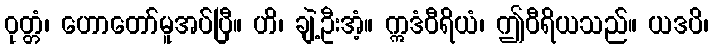
ဝုတ္တံ၊ ဟောတော်မူအပ်ပြီ။ ဟိ၊ ချဲ့ဦးအံ့။ ဣဒံဝီရိယံ၊ ဤဝီရိယသည်။ ယဒပိ၊